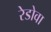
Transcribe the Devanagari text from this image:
रेडोवा